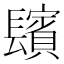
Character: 𨲺